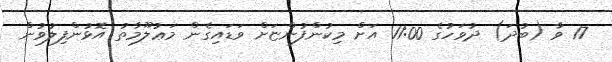
17 ވާ (ބުދަ) ދުވަހުގެ 11:00 އަށް މިކުންފުންޏަށް ވަޑައިގެން މަޢުލޫމާތު އޮޅުންފިލުވުން